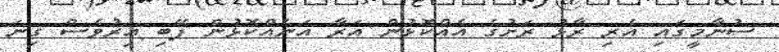
ސުނާމީގައި އެރި ރާޅު ރަށުގެ އެއްކޮޅުން އަރާ އަނެއްކޮޅުން ފޭބި އިރުވެސް ގިނަ